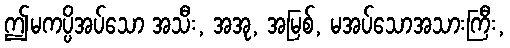
ဤမကပ္ပိအပ်သော အသီး, အအု, အမြစ်, မအပ်သောအသားကြီး,